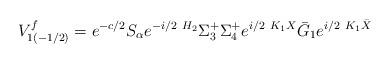
LaTeX: \begin{align*}V^f_{1(-1/2)}=e^{-c/2}S_{\alpha}e^{-i/2\ H_2}\Sigma^{+}_3\Sigma^{+}_4 e^{i/2\ K_1X} \bar G_1 e^{i/2\ K_1\bar X}\end{align*}